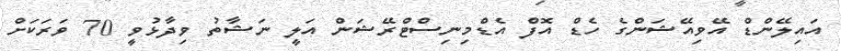
އައިލޭންޑް އޭވިއޭޝަންގެ ހެޑް އޮފް އެޑްމިނިސްޓްރޭޝަން އަލީ ނަޝާތު ވިދާޅުވީ 70 ވަރަކަށް